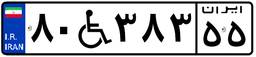
۸۰W۳۸۳۵۵